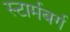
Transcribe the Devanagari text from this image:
स्टार्मबर्ग